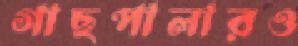
গাছপালারও